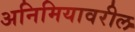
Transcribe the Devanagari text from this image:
अनिमियावरील